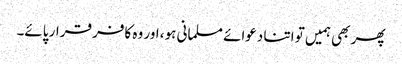
پھر بھی ہمیں تو اتنا دعوائے مسلمانی ہو، اور وہ کافر قرار پائے۔